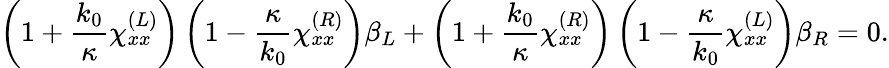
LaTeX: \left(1+\frac{k_{0}}{\kappa}\chi_{xx}^{(L)}\right)\left(1-\frac{\kappa}{k_{0}}\chi_{xx}^{(R)}\right)\beta_{L}+\left(1+\frac{k_{0}}{\kappa}\chi_{xx}^{(R)}\right)\left(1-\frac{\kappa}{k_{0}}\chi_{xx}^{(L)}\right)\beta_{R}=0.